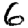
Digit: 6